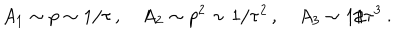
A _ { 1 } \sim p \sim 1 / \tau \, , \quad A _ { 2 } \sim p ^ { 2 } \sim 1 / \tau ^ { 2 } \, , \quad A _ { 3 } \sim 1 / \tau ^ { 3 } \: .